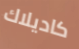
كاديلاك